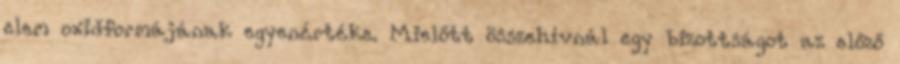
elem oxidformájának egyenértéke. Mielőtt összehívnál egy bizottságot az előző